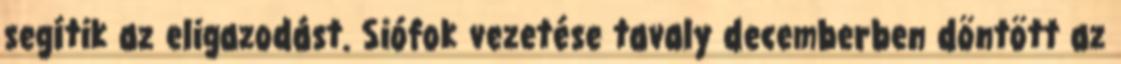
segítik az eligazodást. Siófok vezetése tavaly decemberben döntött az